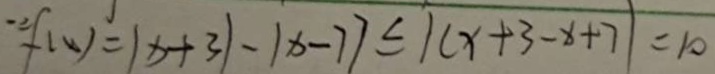
f ( x ) ^ { \prime } = \vert x + 3 \vert - \vert x - 7 7 \leq 1 ( x + 3 - x + 7 \vert = 1 0